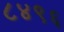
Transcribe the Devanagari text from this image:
८४९६